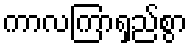
ကာလကြာရှည်စွာ